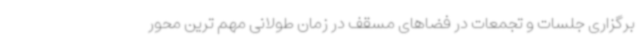
برگزاری جلسات و تجمعات در فضاهای مسقف در زمان طولانی مهم ترین محور